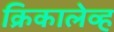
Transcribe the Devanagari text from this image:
क्रिकालेव्ह